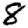
Digit: 8